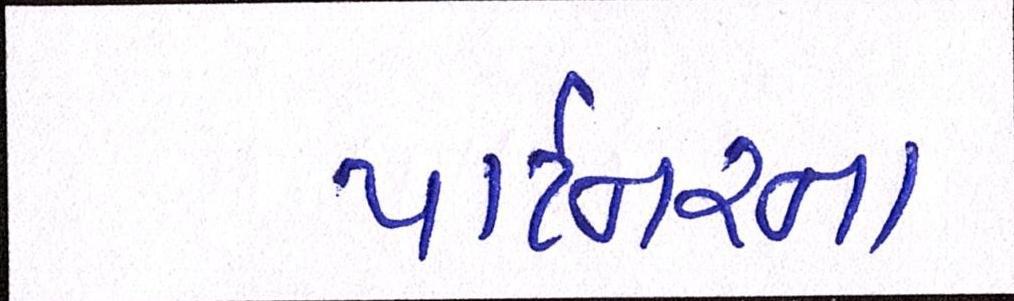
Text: પાર્ટનરના